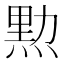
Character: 𤋰